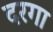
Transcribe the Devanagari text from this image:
दरगा